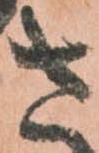
さ